Annual report on the mental hospital in the Central Provinces and Berar (Nagpur) - 1927-1951
Year: 1927
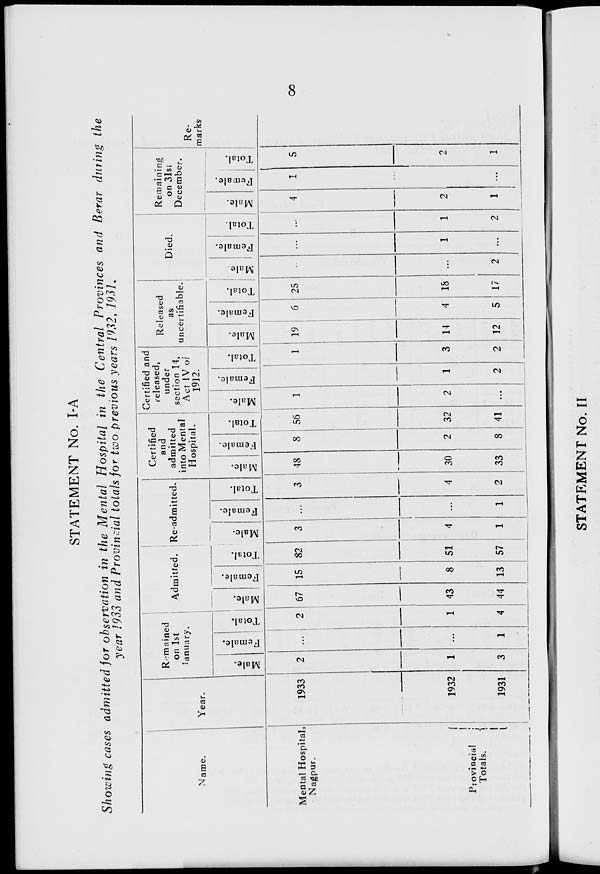
8
STATEMENT No. I-A
Showing cases admitted for observation in the Mental Hospital in the Central Provinces and Berar during the
year 1933 and Provincial totals for two previous years 1932, 1931.
Name.
Mental Hospital,
Nagpur.
Provincial
Totals.
Year.
1933
1932
1931
Remained
on 1st
January.
Male.
2
1
3
Female.
...
...
1
Total.
2
1
4
Admitted.
Male.
67
43
44
Female.
15
8
13
Total.
82
51
57
Re-admitted.
Male.
3
4
1
Female.
...
...
1
Total.
3
4
2
Certified
and
admitted
into Mental
Hospital.
Male.
48
30
33
Female.
8
2
8
Total.
56
32
41
Certified and
released,
under
section 14,
Act IV of
1912.
Male.
1
2
...
Female.
...
1
2
Total.
1
3
2
Released
as
uncertifiable.
Male.
19
14
12
Female.
6
4
5
Total.
25
18
17
Died.
Male.
...
...
2
Female.
...
1
...
Total.
...
1
2
Remaining
on 31st
December.
Male.
4
2
1
Female.
1
...
...
Total.
5
2
1
Re-
marks